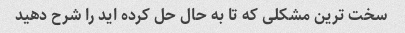
سخت ترین مشکلی که تا به حال حل کرده اید را شرح دهید